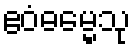
ဧဝံဓမ္မေသု